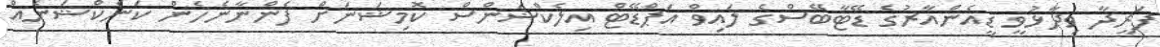
ފަރީދާ ވިދާޅުވީ ޑީއެންއާރުގެ ޑޭޓާބޭސްގެ ލައިވް އަޕްޑޭޓް އިލެކްޝަންސް ކޮމިޝަނަށް ފެންނާނެހެން ކަނެކްޝަނެއް